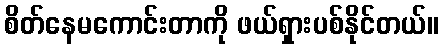
စိတ်နေမကောင်းတာကို ဖယ်ရှားပစ်နိုင်တယ်။